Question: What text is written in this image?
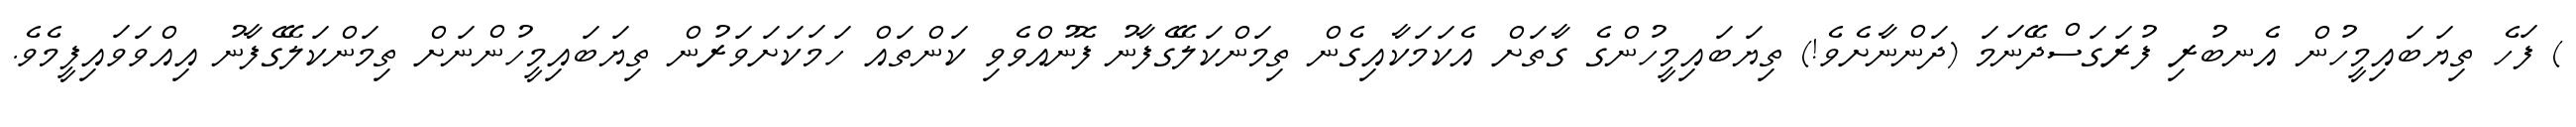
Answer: ) ފަހެ ތިޔަބައިމީހުން އެނބުރި ފުރަގަސްދޭނަމަ (ދަންނާށެވެ!) ތިޔަބައިމީހުންގެ ގާތަށް އެކަމަކާއިގެން ތިމަންކަލޭގެފާނު ފޮނުއްވެވި ކަންތައް ހަމަކަށަވަރުން ތިޔަބައިމީހުންނަށް ތިމަންކަލޭގެފާނު އިއްވަވައިފީމެވެ.